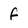
Character: f